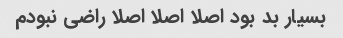
بسیار بد بود اصلا اصلا اصلا راضی نبودم